[Report on the health of British troops in the Madras command]
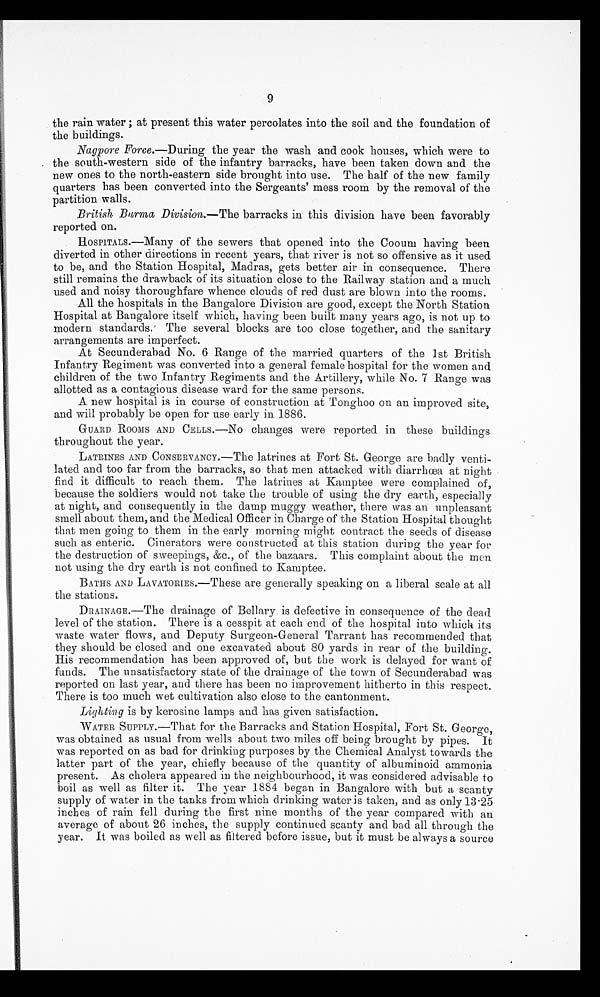
9
the rain water; at present this water percolates into the soil and the foundation of
the buildings.
Nagpore Force .—During the year the wash and cook houses, which were to
the south-western side of the infantry barracks, have been taken down and the
new ones to the north-eastern side brought into use. The half of the new family
quarters has been converted into the Sergeants' mess room by the removal of the
partition walls.
British Burma Division.—The barracks in this division have been favorably
reported on.
HOSPITALS.—Many of the sewers that opened into the Coourn having been
diverted in other directions in recent years, that river is not so offensive as it used
to be, and the Station Hospital, Madras, gets better air in consequence. There
still remains the drawback of its situation close to the Railway station and a much
used and noisy thoroughfare whence clouds of red dust are blown into the rooms.
All the hospitals in the Bangalore Division are good, except the North Station
Hospital at Bangalore itself which, having been built many years ago, is not up to
modern standards. The several blocks are too close together, and the sanitary
arrangements are imperfect.
At Secunderabad No. 6 Range of the married quarters of the 1st British
Infantry Regiment was converted into a general female hospital for the women and
children of the two Infantry Regiments and the Artillery, while No. 7 Range was
allotted as a contagious disease ward for the same persons.
A new hospital is in course of construction at Tonghoo on an improved site,
and will probably be open for use early in 1886.
GUARD ROOMS AND CELLS.—No changes were reported in these buildings
throughout the year.
LATRINES AND CONSERVANCY.—The latrines at Fort St. George are badly venti-
lated and too far from the barracks, so that men attacked with diarrhœa at night
find it difficult to reach them. The latrines at Kamptee were complained of,
because the soldiers would not take the trouble of using the dry earth, especially
at night, and consequently in the damp muggy weather, there was an unpleasant
smell about them, and the Medical Officer in Charge of the Station Hospital thought
that men going to them in the early morning might contract the seeds of disease
such as enteric. Cinerators were constructed at this station during the year for
the destruction of sweepings, &c., of the bazaars. This complaint about the men
not using the dry earth is not confined to Kamptee.
BATHS AND LAVATORIES.—These are generally speaking on a liberal scale at all.
the stations.
DRAINAGE.—The drainage of Bellary is defective in consequence of the dead
level of the station. There is a cesspit at each end of the hospital into which its
waste water flows, and Deputy Surgeon-General Tarrant has recommended that
they should be closed and one excavated about 80 yards in rear of the building.
His recommendation has been approved of, but the work is delayed for want of
funds. The unsatisfactory state of the drainage of the town of Secunderabad was
reported on last year, and there has been no improvement hitherto in this respect.
There is too much wet cultivation also close to the cantonment.
Liyhting is by kerosine lamps and has given satisfaction.
WATER SUPPLY.—That for the Barracks and Station Hospital., Fort St. George,
was obtained as usual from wells about two miles off being brought by pipes. It
was reported on as bad for drinking purposes by the Chemical Analyst towards the
latter part of the year, chiefly because of the quantity of albuminoid ammonia
present. As cholera appeared in the neighbourhood, it was considered advisable to
boil as well as filter it. The year 1884 began in Bangalore with but a scanty
supply of water in the tanks from which drinking water is taken, and as only 13.25
inches of rain fell during the first nine months of the year compared with an
average of about 26 inches, the supply continued scanty and bad all through the
year. It was boiled as well as filtered before issue, but it must be always a source